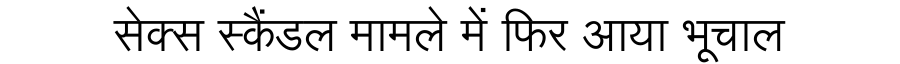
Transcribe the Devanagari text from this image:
सेक्स स्कैंडल मामले में फिर आया भूचाल